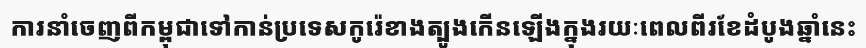
ការនាំចេញពីកម្ពុជាទៅកាន់ប្រទេសកូរ៉េខាងត្បូងកើនឡើងក្នុងរយៈពេលពីរខែដំបូងឆ្នាំនេះ